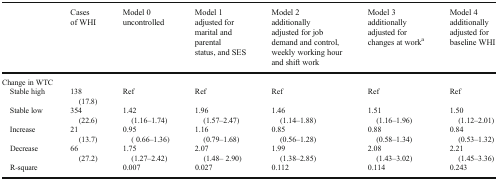
<table><thead><tr><td>[EMPTY_CELL]</td><td><b>Cases of WHI</b></td><td><b>Model 0 uncontrolled</b></td><td><b>Model 1 adjusted for marital and parental status, and SES</b></td><td><b>Model 2 additionally adjusted for job demand and control, weekly working hour and shift work</b></td><td><b>Model 3 additionally adjusted for changes at work<sup>a</sup></b></td><td><b>Model 4 additionally adjusted for baseline WHI</b></td></tr></thead><tbody><tr><td colspan="7">Change in WTC</td></tr><tr><td> Stable high</td><td>138 (17.8)</td><td>Ref</td><td>Ref</td><td>Ref</td><td>Ref</td><td>Ref</td></tr><tr><td> Stable low</td><td>354 (22.6)</td><td>1.42 (1.16–1.74)</td><td>1.96 (1.57–2.47)</td><td>1.46 (1.14–1.88)</td><td>1.51 (1.16–1.96)</td><td>1.50 (1.12–2.01)</td></tr><tr><td> Increase</td><td>21 (13.7)</td><td>0.95 ( 0.66–1.36)</td><td>1.16 (0.79–1.68)</td><td>0.85 (0.56–1.28)</td><td>0.88 (0.58–1.34)</td><td>0.84 (0.53–1.32)</td></tr><tr><td> Decrease</td><td>66 (27.2)</td><td>1.75 (1.27–2.42)</td><td>2.07 (1.48– 2.90)</td><td>1.99 (1.38–2.85)</td><td>2.08 (1.43–3.02)</td><td>2.21 (1.45–3.36)</td></tr><tr><td> R-square</td><td>[EMPTY_CELL]</td><td>0.007</td><td>0.027</td><td>0.112</td><td>0.114</td><td>0.243</td></tr></tbody></table>